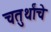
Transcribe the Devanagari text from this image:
चतुर्थांचे